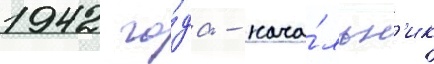
1942 го́да - нача́льн'ик